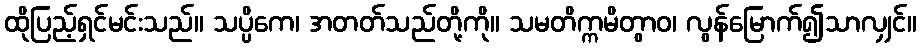
ထိုပြည့်ရှင်မင်းသည်။ သပ္ပိကေ၊ အတတ်သည်တို့ကို။ သမတိက္ကမိတွာဝ၊ လွန်မြောက်၍သာလျှင်။